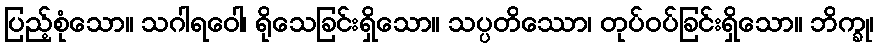
ပြည့်စုံသော။ သဂါရဝေါ၊ ရိုသေခြင်းရှိသော။ သပ္ပတိဿော၊ တုပ်ဝပ်ခြင်းရှိသော။ ဘိက္ခု၊